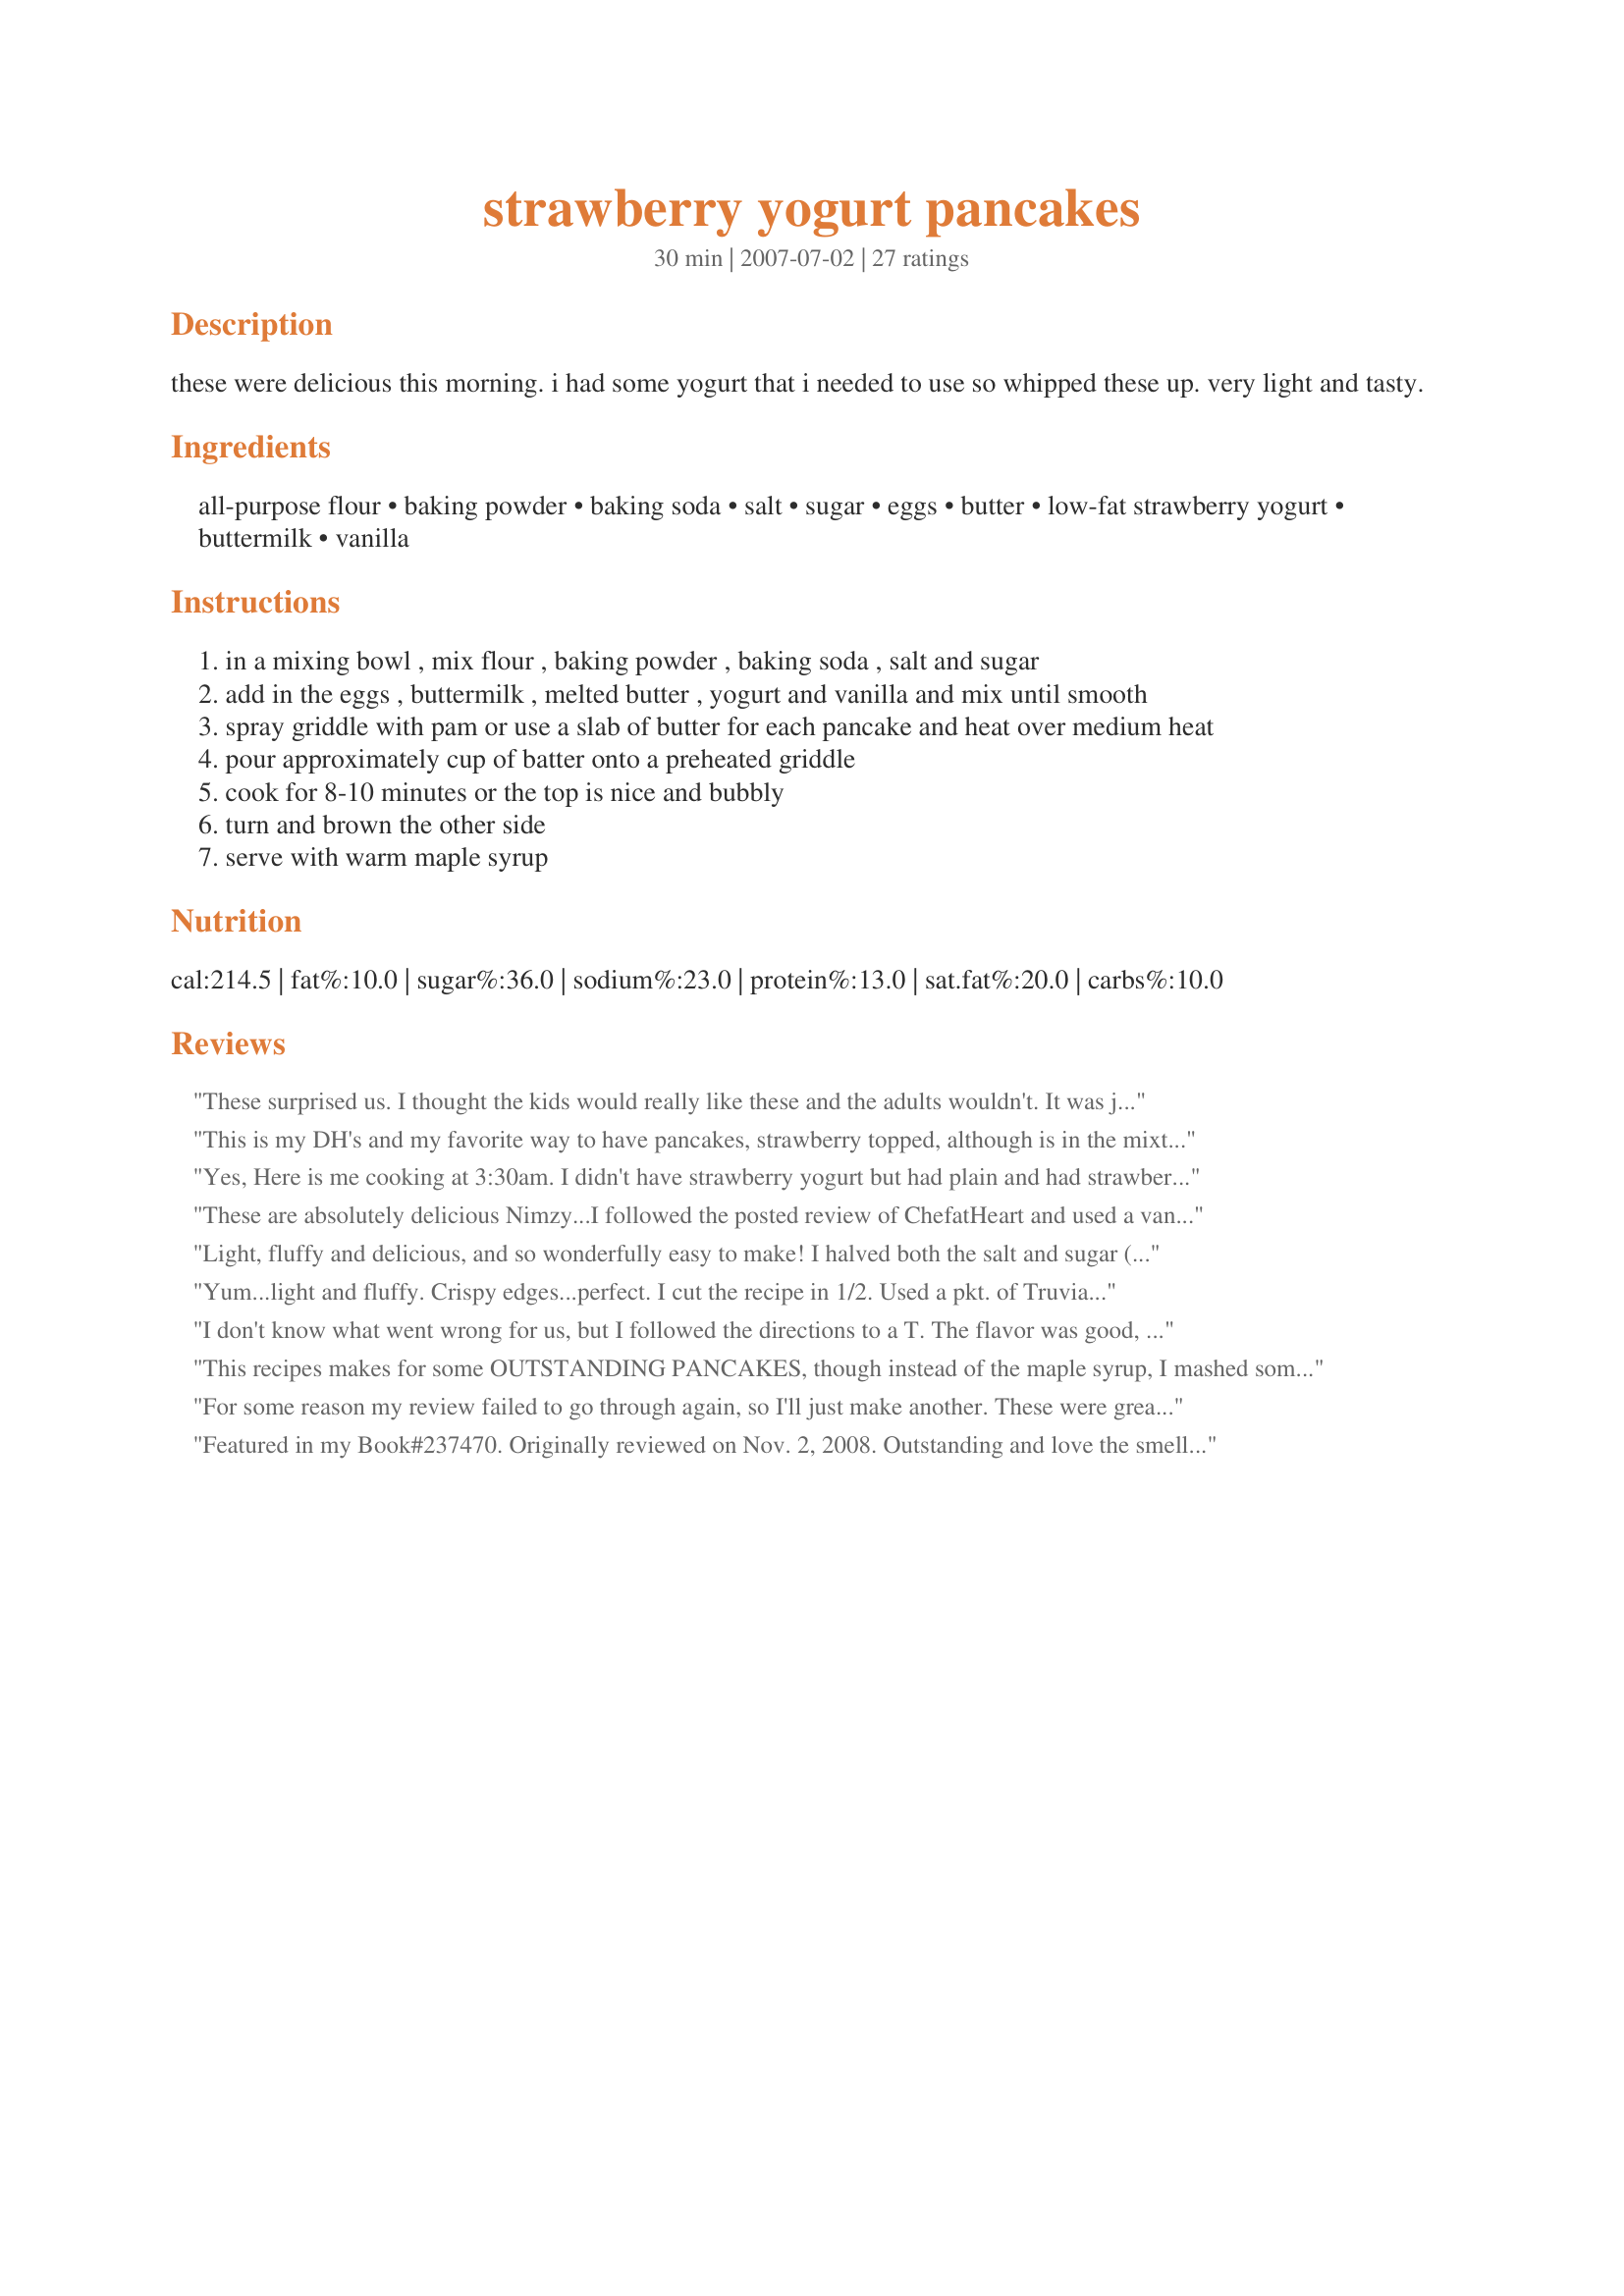
strawberry yogurt pancakes
Preparation time: 30 minutes

these were delicious this morning. i had some yogurt that i needed to use so whipped these up. very light and tasty.

Ingredients:
all-purpose flour, baking powder, baking soda, salt, sugar, eggs, butter, low-fat strawberry yogurt, buttermilk, vanilla

Steps:
in a mixing bowl , mix flour , baking powder , baking soda , salt and sugar
add in the eggs , buttermilk , melted butter , yogurt and vanilla and mix until smooth
spray griddle with pam or use a slab of butter for each pancake and heat over medium heat
pour approximately cup of batter onto a preheated griddle
cook for 8-10 minutes or the top is nice and bubbly
turn and brown the other side
serve with warm maple syrup

Reviews:
These surprised us. I thought the kids would really like these and the adults wouldn't. It was just the opposite. The adults rated them a 4 and the kiddo a 2 so we averaged a 3. They never really bubbled to know when to flip them so I just had to guess. I also cooked them at a lower temp for a longer time so that they would cook in the center without getting too done on the outside. I guess we will make these when the kids aren't home! Thank you
This is my DH's and my favorite way to have pancakes, strawberry topped, although is in the mixture. Absolutely loved these pancakes topped with some whipped cream and thawed strawberries, it can't be beat!!! I only made 1/2 the recipe, made my own buttermilk and left off the maple syrup. Will definitely make these again, thanks for sharing Nimz!!!! Made for Stars tag!!!!
Yes, Here is me cooking at 3:30am. I didn't have strawberry yogurt but had plain and had strawberries so I mixed them to make strawberry yogurt. Awesome idea. I don't know how you came up with it but it's a winner. 

Leanne
These are absolutely delicious Nimzy...I followed the posted review of ChefatHeart and used a vanilla yogurt and then added fresh strawberries finely chopped. So good. This batter is really thick and so for future reviewers you may want to scale back on the amounts used as I got 12 very large pancakes using a 1/4 cup measuring spoon to drop the batter onto the skillet. Very filling and satisfying for the DS's and DH.:-)
Made for ZaarStars~
Light, fluffy and delicious, and so wonderfully easy to make! I halved both the salt and sugar (personal taste preferences) and used Greek yoghurt: not low-fat but its the only yoghurt I ever buy. We enjoyed our pancakes with sliced strawberries and sliced kiwi fruit which I had sprinkled with (brown) sugar about an hour before making the pancakes, and an extra dollop of the yoghurt: YUM! I'm looking forward to making these again. Thanks ~Nimz~ for a super star recipe: made for Zaar Stars Tag!
Yum...light and fluffy. Crispy edges...perfect. I cut the recipe in 1/2. Used a pkt. of Truvia instead of sugar, egg beaters, canola oil, plain yogurt, and a cup pf pureed strawberry. I actually replaced all the buttermilk except 1/4 c. with yogurt. We ate them plain...just skipped the syrup...they are wonderful.
I don't know what went wrong for us, but I followed the directions to a T. The flavor was good, and they smelled delicious while cooking. I just never could get the middles to cook through. I ended up cooking them 15-16 minutes each, and they still wouldn't firm up. I finally just threw out the batter and made plain old regular pancakes. I'm not even going to attempt these again.
This recipes makes for some OUTSTANDING PANCAKES, though instead of the maple syrup, I mashed some thawed, frozen unsweetened strawberries & topped the 'cakes with that along with the slightest dusting of powdered sugar! Thanks for the keeper! [Tagged, made & reviewed in Potluck Tag]
For some reason my review failed to go through again, so I'll just make another. These were great! I couldn't stop eating the raw batter lol. I think they lose some of the flavor once cooked, but it is still a really nice twist on pancakes. I used 12oz. of yogurt total and even added a few drops of food coloring so they would be a nice pink. Making the pancakes as big as they were I did have a bit of trouble flipping them and getting them to cook completely throughout but I sorta enjoy a semi-doughy middle anyway. I didn't want to burn the outsides. I will definately make these again!
Featured in my Book#237470. Originally reviewed on Nov. 2, 2008. Outstanding and love the smell of strawberry! I can't wait to share this with family and friends. In fact, am emailing this one out. Had ours with Canadian maple syrup and was perfect. I imagine that this might be good with some other yogurts, if you did not happen to have strawberry in the refrigerator. Thanks ~Nimz~ for posting. Congratulations on winning Football Pool #8!
Another 5 rating from me. I used Splenda for the sugar, fat free buttermilk and yogurt and Eggbeaters. They turned out wonderful. This makes a lovely fluffy pancake with great flavor and texture. These are just the thing for weekend mornings and to make happy house guests. I topped mine with cinnamon Splenda. Yummy
Since this morning I didn't have any butter left, I used vegetable oil. I omitted the salt. I used 2 individual strawberry yogurts and half of one vanilla yogurt. These pancakes taste very good. Thanks Nimz :) Made for Zaar Star Game.
Mmmm, so good! My DH adores anything strawberry, so I surprised him with these this morning and he ate 'em up with a smile! Very tender and light. I had waaay more than 9 regular sized pancakes. I had 19, which I froze the extra for quick weekday breakfasts. They too will be enjoyed! Thanks Nimz!
I made these for breakfast this weekend and they are delicious. They were very easy to make and have a subtle strawberry flavor. But, overall, the flavor of these pancakes is so good. I will be making them again.
Very very good pancakes! They are light and sweet. I made them into silver dollar sized ones for the kids. They scarfed them up like they were candy. The buttermilk and strawberry mix has a nice flavor. I added a tiny pinch of cinnamon, just because we love it in our pancakes. I served with raspberry syrup for the kids and sprinkled sugar over mine. Made and Reviewed for Please Review My Recipe tag - Thanks! :)
What a fantastically light, fluffy and tasty pancake. We really enjoyed these for breakfast. I want to try this recipe again but use other yogurt flavors and fresh fruit topping (in place of syrup). Thanks for posting your recipe, Nimz. It was a real hit in my house. Made for Please Review My Recipe tag game.
Absolutely delicious! I used strawberry banana yogurt and splenda in place of sugar. These pancakes are lite and fluffy! Just wonderful!!! Thank you Nimz! I will be making these again soon! Made for Everyday is a Holiday!
WOW these just made a great breakfast with fresh strawberries and french vanilla yoghurt (no fat low GI) which I also used in making the pancakes along with 1% fat milk and made it into buttermilk by adding 1 1/2 tablespoons lemon juice and let sit while I put all the other ingredients together. Though I made a full mix I only used half as the pancakes were so thick big and fluffy the 3 of us were full on one each with the fruit and yoghurt (will use the rest as dessert tonight and serve with other fruit). Thank you ~Nimz~ for a great recipe, made for Please Review My Recipe.
These came out exactly like the picture! They were so light, fluffy, and soft. I even made a strawberry sauce to drape over the top, perfecting the masterpiece. Absolutely loved it! Will definitely be saving this recipe :) Just don&#039;t forget to change the serving size lol--I unintentionally made 9.
Excellent and so light!
Great pancakes! Light and fluffy. Subbed canola oil for the butter. Used organic strawberry yogurt which doesn't seem too "strawberry-y" to me, so these didn't have much strawberry flavor. I'm sure any yogurt flavor would work well, and this goes into my "Too Much Yogurt" cookbook. Added mini chocolate chips while cooking then topped with whipped cream and strawberries for the kids who loved them. Thanks for sharing the recipe!
Boy these are good pancakes! So light and fluffy with a great strawberry flavor. I halved the recipe and got 6 big pancakes. Can't wait to try this with blueberry or peach yogurt too - thanks for sharing the recipe!
after my big menu dinner to try and cheer me out of the blahs, i then ended up cooking these. Maybe i used a little more baking soda and powder than called for because mine puffed and had holes and were wonderful. I had no maple syrup so used honey, but i think with just the strawberry it would have been perfect
I made these pancakes for the *Best of 2008* cookbook game w/a cpl of chgs to suit what I had on-hand + our taste pref. I used vanilla yogurt & halved the size suggested after reading the reviews, but mostly so I could stack them & get a more intense strawberry flavor. To do that, I spread a layer of strawberry preserves on ea pancake in the stack, drizzled melted butter over the top & dusted the stack w/powd sugar. They were great, Nimz! I tried a cpl of bites w/the maple syrup, but felt it masked the strawberry flavor & they were perfect for us w/o it. Thx for sharing this yummy recipe w/us. :-)
So light and fluffy. These are my new favorite pancake. I like how the flavor of the strawberry is really light so to speak. My only wish is that I had fresh strawberries as a side. Thank you for a wonderful recipe.
This gets an automatic 5* b/c DD (3) loved it, but what's not to love? This is a fantastic recipe, very easy to make up and so versital. The strawberry flavor was very light and not overpowering. Makes a great batch. We had this for dinner and used the leftovers for sandwiches the next morning.
These are by far the best pancakes I have tried on Zaar yet. They are light, fluffy, flavourful and just delicious. They all disappeared before I knew it. Quick and easy to make with great results. The flavour was such a nice surprise. Thank you so much for sharing. I'll be making these often.
